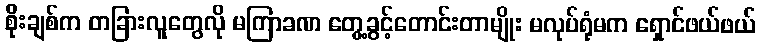
စိုးချစ်က တခြားလူတွေလို မကြာခဏ တွေ့ခွင့်တောင်းတာမျိုး မလုပ်ရုံမက ရှောင်ဖယ်ဖယ်